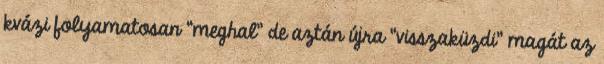
kvázi folyamatosan “meghal” de aztán újra “visszaküzdi” magát az